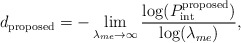
\begin{align*}{d_{{\textrm{proposed}}}} = -\mathop {\lim }\limits_{{\lambda_{me}} \to \infty } \dfrac{{\log (P^{\textrm{proposed}}_{{\textrm{int}}})}}{{\log({\lambda _{me}})}},\end{align*}